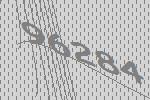
96284